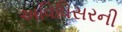
અવિધિસરની